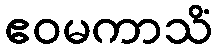
ဧဝမကာသိံ